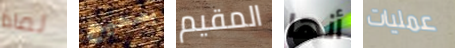
لماذا بصحيح المقيم أنها عمليات